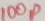
Text: 100p